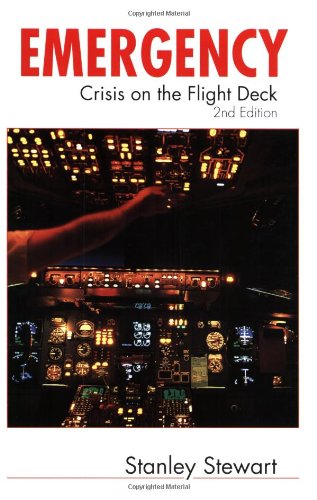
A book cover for Emergency! Crisis on the Flight Deck, Second Edition; Stanley Stewart; Engineering & Transportation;